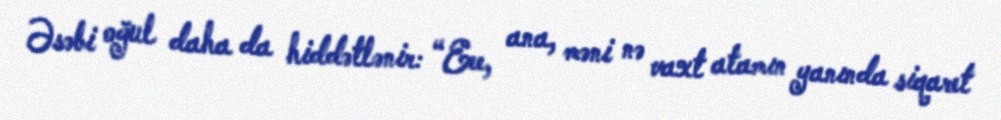
Əsəbi oğul daha da hiddətlənir: “Eee, ana, məni nə vaxt atamın yanında siqaret